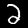
Digit: 2